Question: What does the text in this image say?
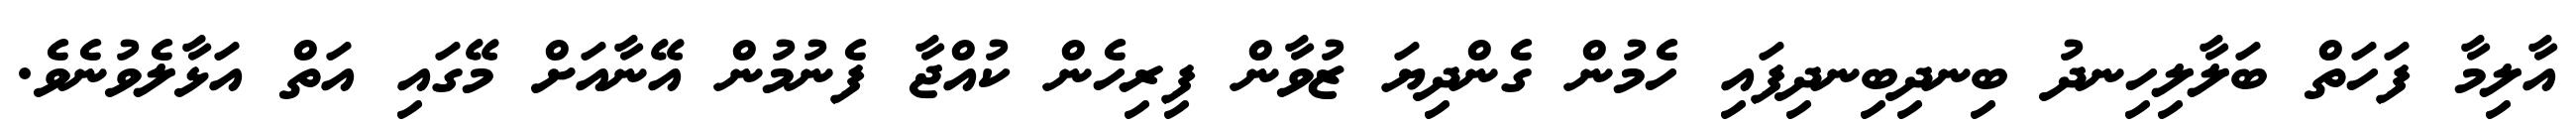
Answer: އާލިމާ ފަހަތް ބަލާލިހިނދު ބިނދިބިނދިފައި ހެމުން ގެންދިޔަ ޒުވާން ފިރިހެން ކުއްޖާ ފެނުމުން އޭނާއަށް މޭގައި އަތް އަޅާލެވުނެވެ.